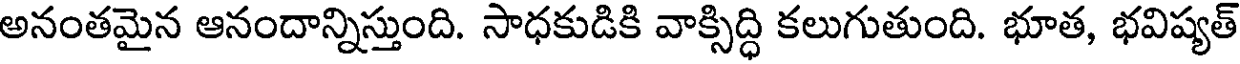
అనంతమైన ఆనందాన్నిస్తుంది. సాధకుడికి వాక్సిద్ధి కలుగుతుంది. భూత, భవిష్యత్